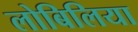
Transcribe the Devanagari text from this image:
लोबिलिया